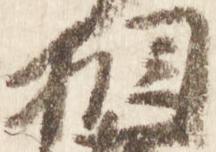
相